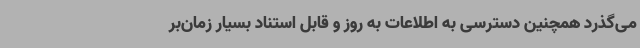
می‌گذرد همچنین دسترسی به اطلاعات به روز و قابل استناد بسیار زمان‌بر